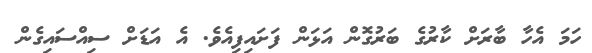
ހަމަ އެހާ ބާރަށް ކާރުގެ ބަރުގޮން އަޅަން ފަށައިފިއެވެ. އެ އަޑަށް ސިއްސައިގެން